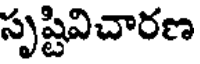
సృష్టివిచారణ